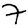
Digit: 7